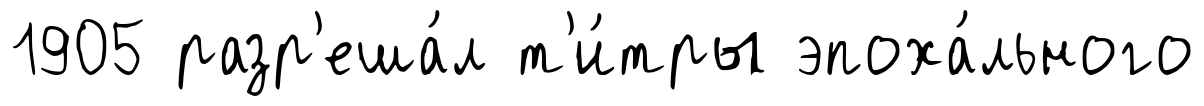
1905 разр'еша́л т'и́тры эпоха́льного